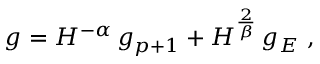
g = H ^ { - \alpha } \, g _ { p + 1 } + H ^ { \frac 2 \beta } \, g _ { E } ~ ,